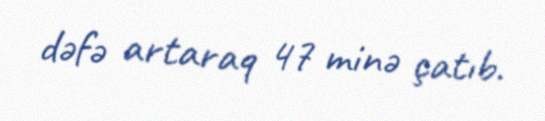
dəfə artaraq 47 minə çatıb.